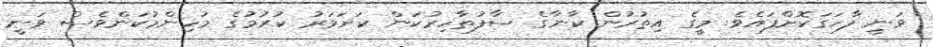
ވަނީ ފާހަގަކޮށްފައެވެ. މީގެ އިތުރުން ކާނާގެ ސާފުތާހިރުކަން ކަށަވަރު ކުރުމުގެ މުހިންމުކަންވެސް ވަނީ